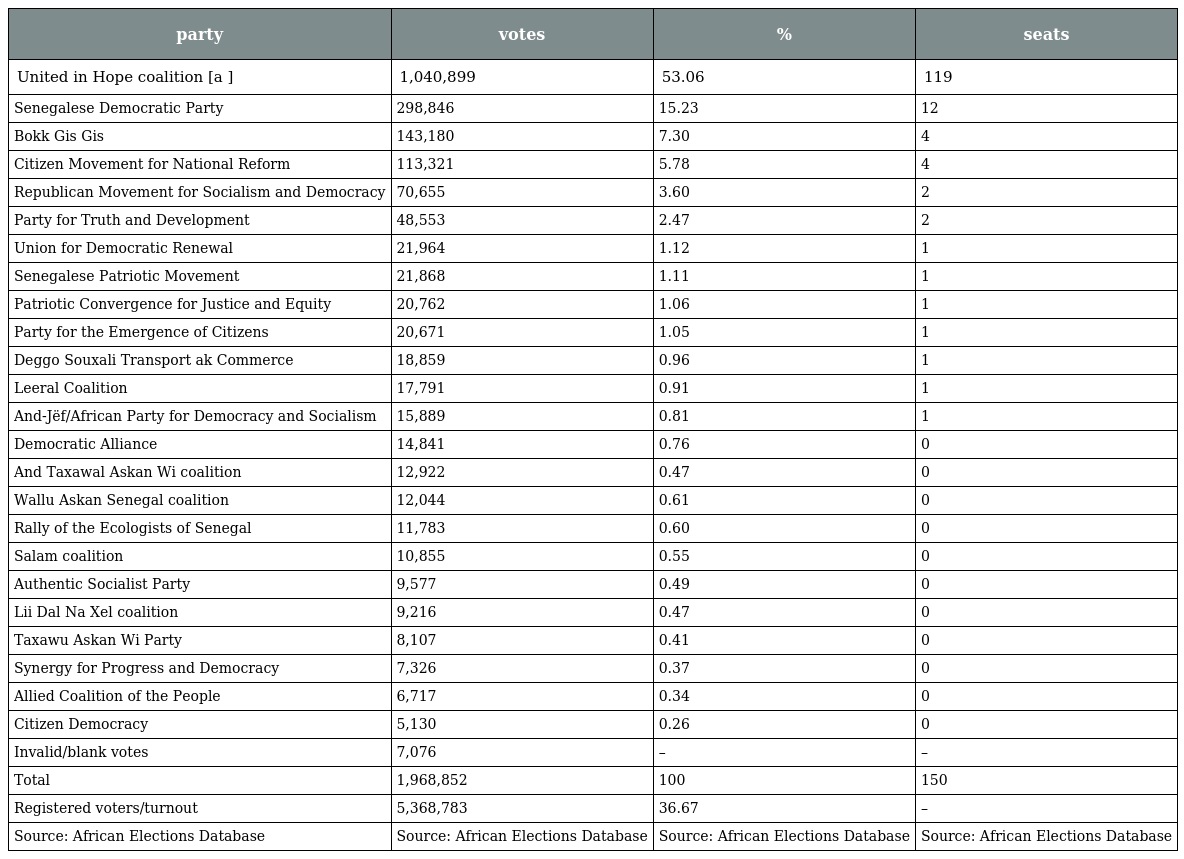
| party | votes | % | seats |
 | --- | --- | --- | --- |
 | United in Hope coalition [a ] | 1,040,899 | 53.06 | 119 |
 | Senegalese Democratic Party | 298,846 | 15.23 | 12 |
 | Bokk Gis Gis | 143,180 | 7.30 | 4 |
 | Citizen Movement for National Reform | 113,321 | 5.78 | 4 |
 | Republican Movement for Socialism and Democracy | 70,655 | 3.60 | 2 |
 | Party for Truth and Development | 48,553 | 2.47 | 2 |
 | Union for Democratic Renewal | 21,964 | 1.12 | 1 |
 | Senegalese Patriotic Movement | 21,868 | 1.11 | 1 |
 | Patriotic Convergence for Justice and Equity | 20,762 | 1.06 | 1 |
 | Party for the Emergence of Citizens | 20,671 | 1.05 | 1 |
 | Deggo Souxali Transport ak Commerce | 18,859 | 0.96 | 1 |
 | Leeral Coalition | 17,791 | 0.91 | 1 |
 | And-Jëf/African Party for Democracy and Socialism | 15,889 | 0.81 | 1 |
 | Democratic Alliance | 14,841 | 0.76 | 0 |
 | And Taxawal Askan Wi coalition | 12,922 | 0.47 | 0 |
 | Wallu Askan Senegal coalition | 12,044 | 0.61 | 0 |
 | Rally of the Ecologists of Senegal | 11,783 | 0.60 | 0 |
 | Salam coalition | 10,855 | 0.55 | 0 |
 | Authentic Socialist Party | 9,577 | 0.49 | 0 |
 | Lii Dal Na Xel coalition | 9,216 | 0.47 | 0 |
 | Taxawu Askan Wi Party | 8,107 | 0.41 | 0 |
 | Synergy for Progress and Democracy | 7,326 | 0.37 | 0 |
 | Allied Coalition of the People | 6,717 | 0.34 | 0 |
 | Citizen Democracy | 5,130 | 0.26 | 0 |
 | Invalid/blank votes | 7,076 | – | – |
 | Total | 1,968,852 | 100 | 150 |
 | Registered voters/turnout | 5,368,783 | 36.67 | – |
 | Source: African Elections Database | Source: African Elections Database | Source: African Elections Database | Source: African Elections Database |